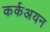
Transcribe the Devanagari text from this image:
कर्कअयन